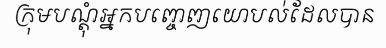
ក្រុមបណ្តុំអ្នកបញ្ចេញយោបល់ដែលបាន